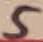
Text: 5